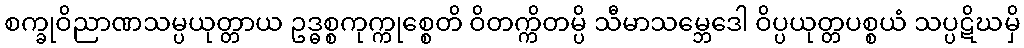
စက္ခုဝိညာဏသမ္ပယုတ္တာယ ဥဒ္ဓစ္စကုက္ကုစ္စေတိ ဝိတက္ကိတမ္ပိ သီမာသမ္ဘေဒေါ ဝိပ္ပယုတ္တပစ္စယံ သပ္ပဋိဃမှိ